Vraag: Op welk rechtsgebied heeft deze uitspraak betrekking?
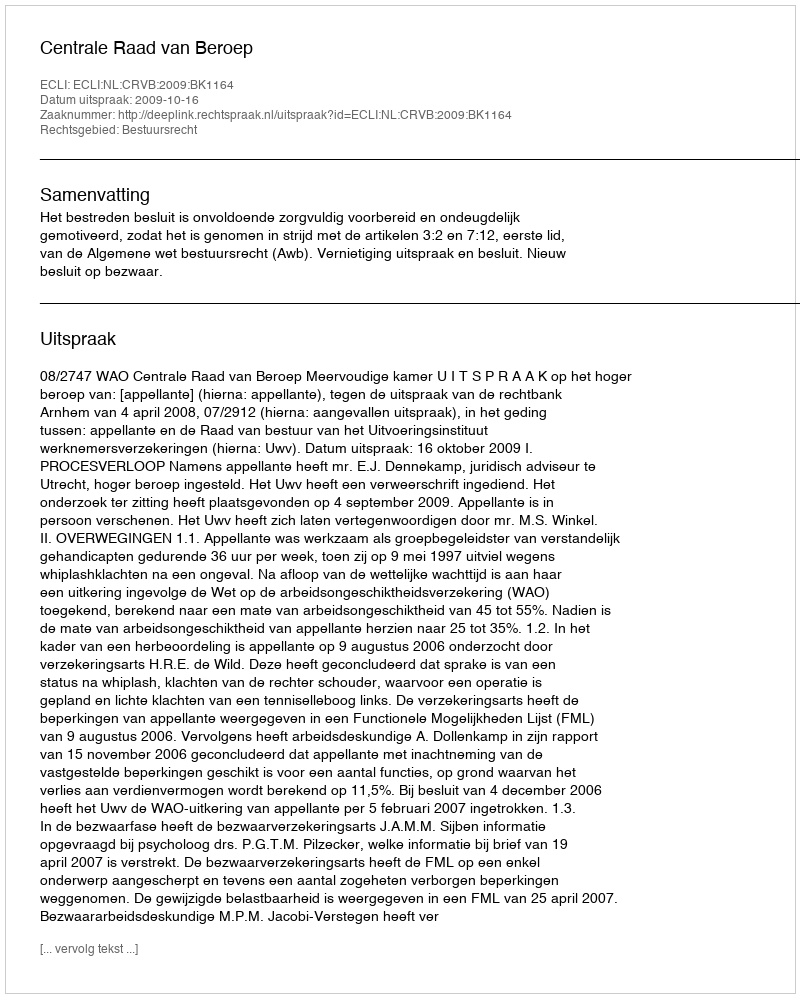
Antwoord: Bestuursrecht